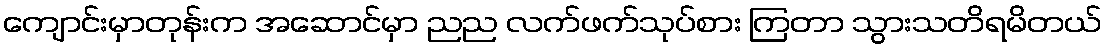
ကျောင်းမှာတုန်းက အဆောင်မှာ ညည လက်ဖက်သုပ်စား ကြတာ သွားသတိရမိတယ်